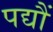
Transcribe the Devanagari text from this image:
पद्यौं